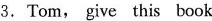
3.Tom, give this book